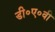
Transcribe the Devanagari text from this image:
डी०ए०वी